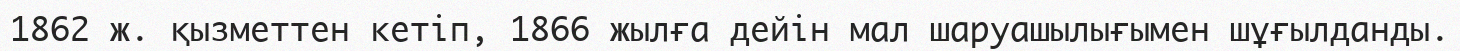
1862 ж. қызметтен кетіп, 1866 жылға дейін мал шаруашылығымен шұғылданды.